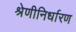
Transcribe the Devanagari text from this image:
श्रेणीनिर्धारण